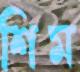
শিম